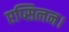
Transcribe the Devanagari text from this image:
एप्सिलन।